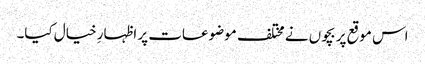
اس موقع پر بچوں نے مختلف موضوعات پر اظہارِ خیال کیا۔